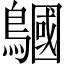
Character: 𪅦